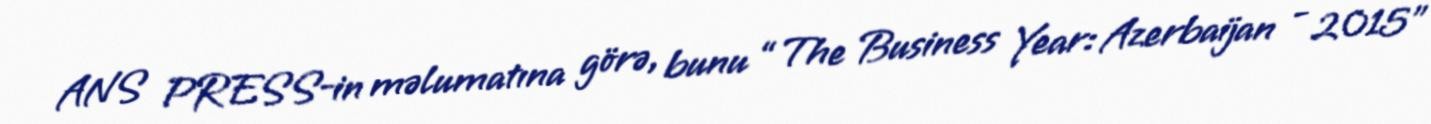
ANS PRESS-in məlumatına görə, bunu “The Business Year: Azerbaijan - 2015”